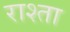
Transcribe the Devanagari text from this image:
राश्ता